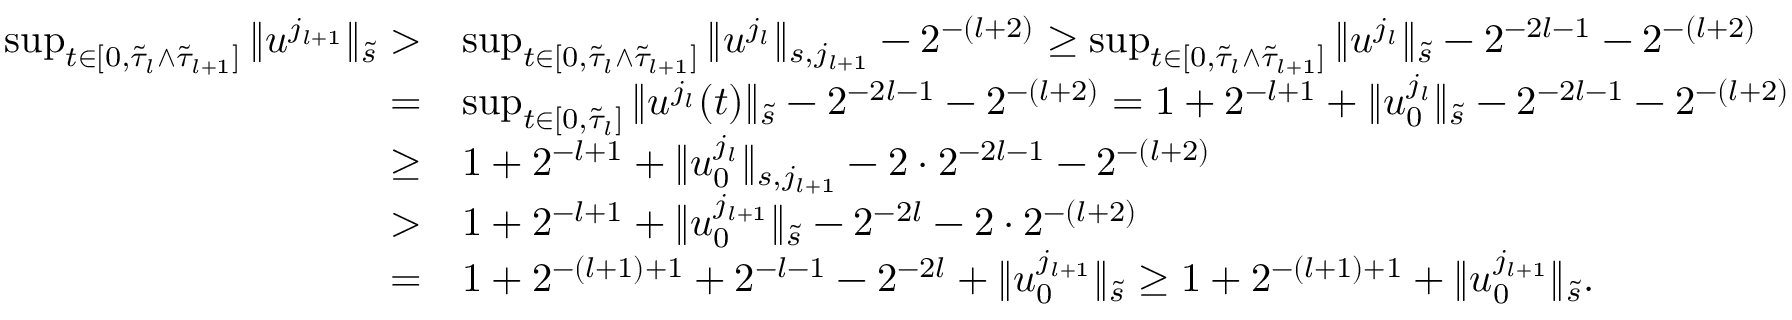
\begin{array} { r l } { \operatorname* { s u p } _ { t \in [ 0 , \tilde { \tau } _ { l } \wedge \tilde { \tau } _ { l + 1 } ] } \| u ^ { j _ { l + 1 } } \| _ { \tilde { s } } > } & { \operatorname* { s u p } _ { t \in [ 0 , \tilde { \tau } _ { l } \wedge \tilde { \tau } _ { l + 1 } ] } \| u ^ { j _ { l } } \| _ { s , j _ { l + 1 } } - 2 ^ { - ( l + 2 ) } \geq \operatorname* { s u p } _ { t \in [ 0 , \tilde { \tau } _ { l } \wedge \tilde { \tau } _ { l + 1 } ] } \| u ^ { j _ { l } } \| _ { \tilde { s } } - 2 ^ { - 2 l - 1 } - 2 ^ { - ( l + 2 ) } } \\ { = } & { \operatorname* { s u p } _ { t \in [ 0 , \tilde { \tau } _ { l } ] } \| u ^ { j _ { l } } ( t ) \| _ { \tilde { s } } - 2 ^ { - 2 l - 1 } - 2 ^ { - ( l + 2 ) } = 1 + 2 ^ { - l + 1 } + \| u _ { 0 } ^ { j _ { l } } \| _ { \tilde { s } } - 2 ^ { - 2 l - 1 } - 2 ^ { - ( l + 2 ) } } \\ { \geq } & { 1 + 2 ^ { - l + 1 } + \| u _ { 0 } ^ { j _ { l } } \| _ { s , j _ { l + 1 } } - 2 \cdot 2 ^ { - 2 l - 1 } - 2 ^ { - ( l + 2 ) } } \\ { > } & { 1 + 2 ^ { - l + 1 } + \| u _ { 0 } ^ { j _ { l + 1 } } \| _ { \tilde { s } } - 2 ^ { - 2 l } - 2 \cdot 2 ^ { - ( l + 2 ) } } \\ { = } & { 1 + 2 ^ { - ( l + 1 ) + 1 } + 2 ^ { - l - 1 } - 2 ^ { - 2 l } + \| u _ { 0 } ^ { j _ { l + 1 } } \| _ { \tilde { s } } \geq 1 + 2 ^ { - ( l + 1 ) + 1 } + \| u _ { 0 } ^ { j _ { l + 1 } } \| _ { \tilde { s } } . } \end{array}